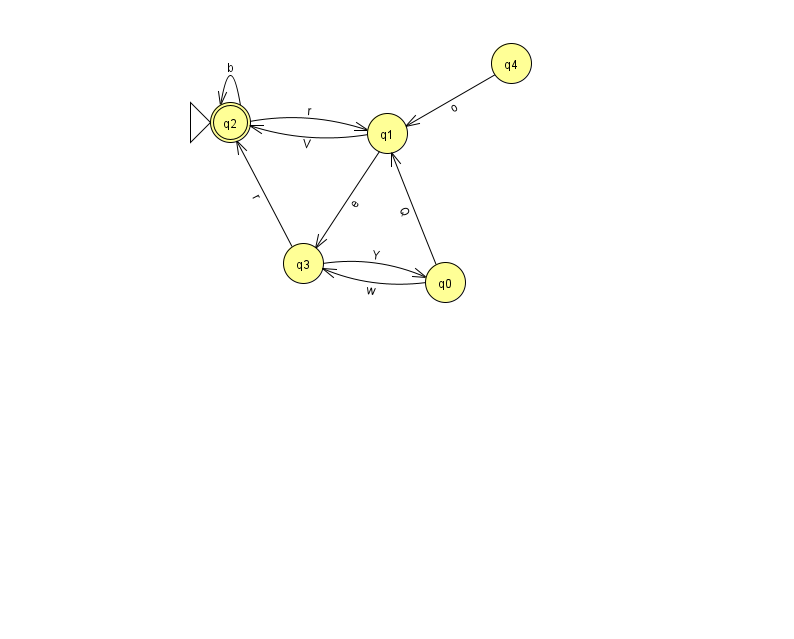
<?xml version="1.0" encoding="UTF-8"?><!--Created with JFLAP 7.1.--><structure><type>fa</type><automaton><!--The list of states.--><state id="0" name="q0"><x>445.0</x><y>269.0</y></state><state id="1" name="q1"><x>387.0</x><y>120.0</y></state><state id="2" name="q2"><x>230.0</x><y>109.0</y><initial/><final/></state><state id="3" name="q3"><x>303.0</x><y>250.0</y></state><state id="4" name="q4"><x>511.0</x><y>50.0</y></state><!--The list of transitions.--><transition><from>0</from><to>3</to><read>w</read></transition><transition><from>3</from><to>2</to><read>r</read></transition><transition><from>2</from><to>1</to><read>r</read></transition><transition><from>2</from><to>2</to><read>b</read></transition><transition><from>0</from><to>1</to><read>Q</read></transition><transition><from>1</from><to>2</to><read>V</read></transition><transition><from>1</from><to>3</to><read>e</read></transition><transition><from>4</from><to>1</to><read>o</read></transition><transition><from>3</from><to>0</to><read>Y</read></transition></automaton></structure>